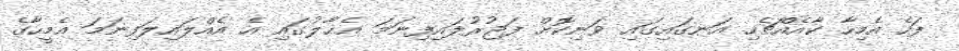
ފަހެ އެމިހާ ކާއެއްޗެހި އަނގައިގައި ވަނިކޮށް ފަޖުރުލައިފިނަމަ އެޙާލުގައި އެ އެއްލައިލަފިނަމަ އެމީހާގެ